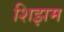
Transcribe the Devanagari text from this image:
शिझम